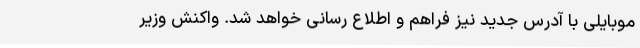
موبایلی با آدرس جدید نیز فراهم و اطلاع رسانی خواهد شد. واکنش وزیر